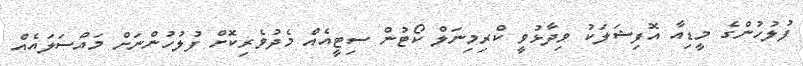
ފުލުހުންގެ މީޑިއާ އޮފިޝަލަކު ވިދާޅުވީ ކްރިމިނަލް ކޯޓުން ސިޓީއެއް މެދުވެރިކޮށް ފުލުހުންނަށް މައްސަލައެއް